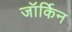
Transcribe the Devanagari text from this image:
जॉर्किन